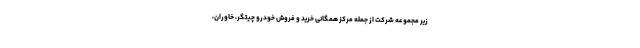
زیر مجموعه شرکت از جمله مرکز همگانی خرید و فروش خودرو چیتگر، خاوران،